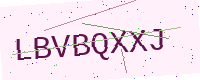
Text: LBVBQXXJ